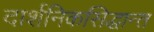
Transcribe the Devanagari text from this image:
दार्शनिकसिद्धान्त